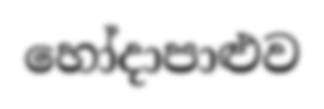
හෝදාපාළුව